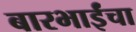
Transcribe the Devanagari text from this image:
बारभाईंचा